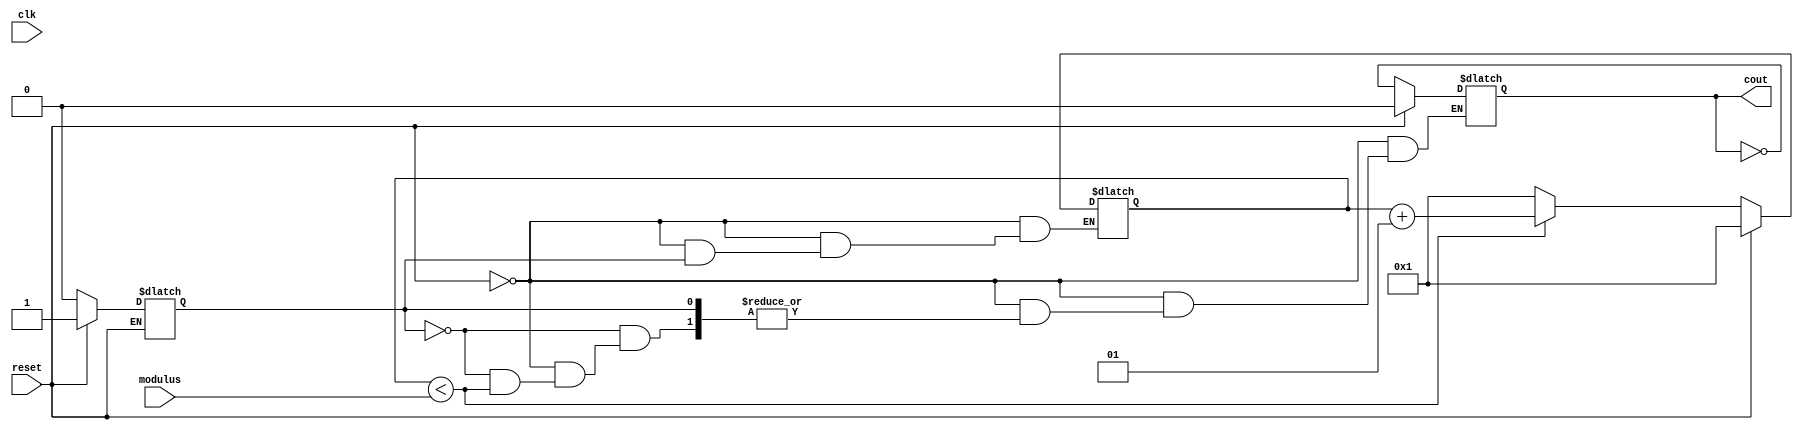
module arriaii_n_cntr   ( clk,
                            reset,
                            cout,
                            modulus);
    input clk;
    input reset;
    input [31:0] modulus;
    output cout;
    integer count;
    reg tmp_cout;
    reg first_rising_edge;
    reg clk_last_value;
    reg cout_tmp;
    initial
    begin
        count = 1;
        first_rising_edge = 1;
        clk_last_value = 0;
    end
    always @(reset or clk)
    begin
        if (reset)
        begin
            count = 1;
            tmp_cout = 0;
            first_rising_edge = 1;
        end
        else begin
            if (clk == 1 && clk_last_value !== clk && first_rising_edge)
            begin
                first_rising_edge = 0;
                tmp_cout = clk;
            end
            else if (first_rising_edge == 0)
            begin
                if (count < modulus)
                    count = count + 1;
                else
                begin
                    count = 1;
                    tmp_cout = ~tmp_cout;
                end
            end
        end
        clk_last_value = clk;
    end
    assign cout = tmp_cout;
endmodule